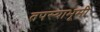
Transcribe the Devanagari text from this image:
तपस्याभूमी